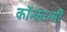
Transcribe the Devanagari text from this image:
कॉन्करन्सी